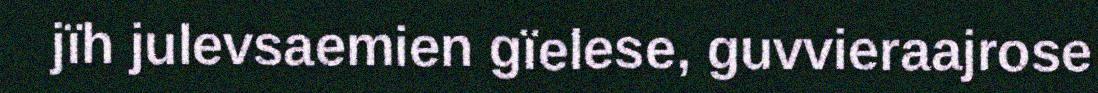
jïh julevsaemien gïelese, guvvieraajrose